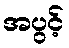
အပွင့်